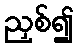
ညှစ်၍